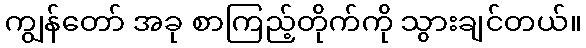
ကျွန်တော် အခု စာကြည့်တိုက်ကို သွားချင်တယ်။